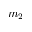
m _ { 2 }